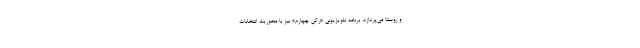
و روستا می‌پردازد. برنامه تلویزیونی «رکن چهارم» نیز با محوریت انتخابات